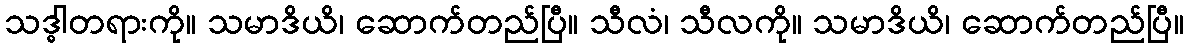
သဒ္ဓါတရားကို။ သမာဒိယိ၊ ဆောက်တည်ပြီ။ သီလံ၊ သီလကို။ သမာဒိယိ၊ ဆောက်တည်ပြီ။